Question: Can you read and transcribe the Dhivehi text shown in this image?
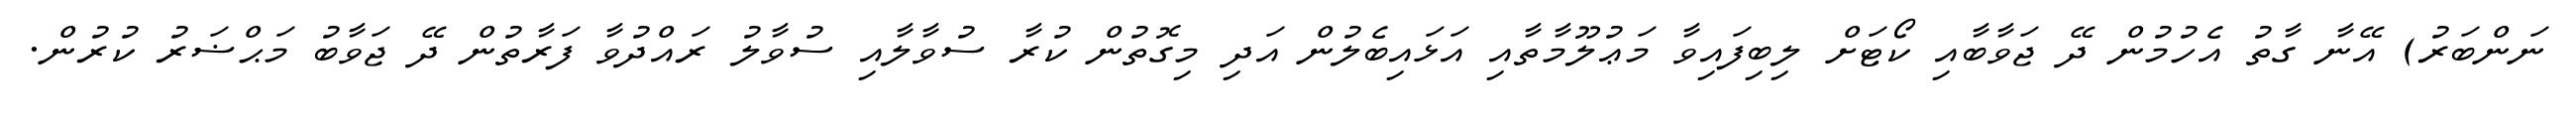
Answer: ނަންބަރު) އޭނާ ގާތު އެހުމުން ދޭ ޖަވާބާއި ކޯޓަށް ލިބިފައިވާ މަޢުލޫމާތާއި އަޅައިބެލުން އަދި މިގޮތުން ކުރާ ސުވާލާއި ސުވާލު ރައްދުވާ ފަރާތުން ދޭ ޖަވާބު މަޙްޟަރު ކުރުން.